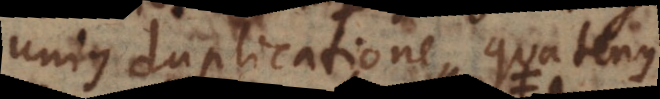
unius duplicatione, quatenus